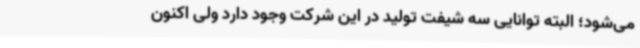
می‌شود؛ البته توانایی سه شیفت تولید در این شرکت وجود دارد ولی اکنون